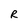
Character: R